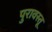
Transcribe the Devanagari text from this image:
पुरावस्तू